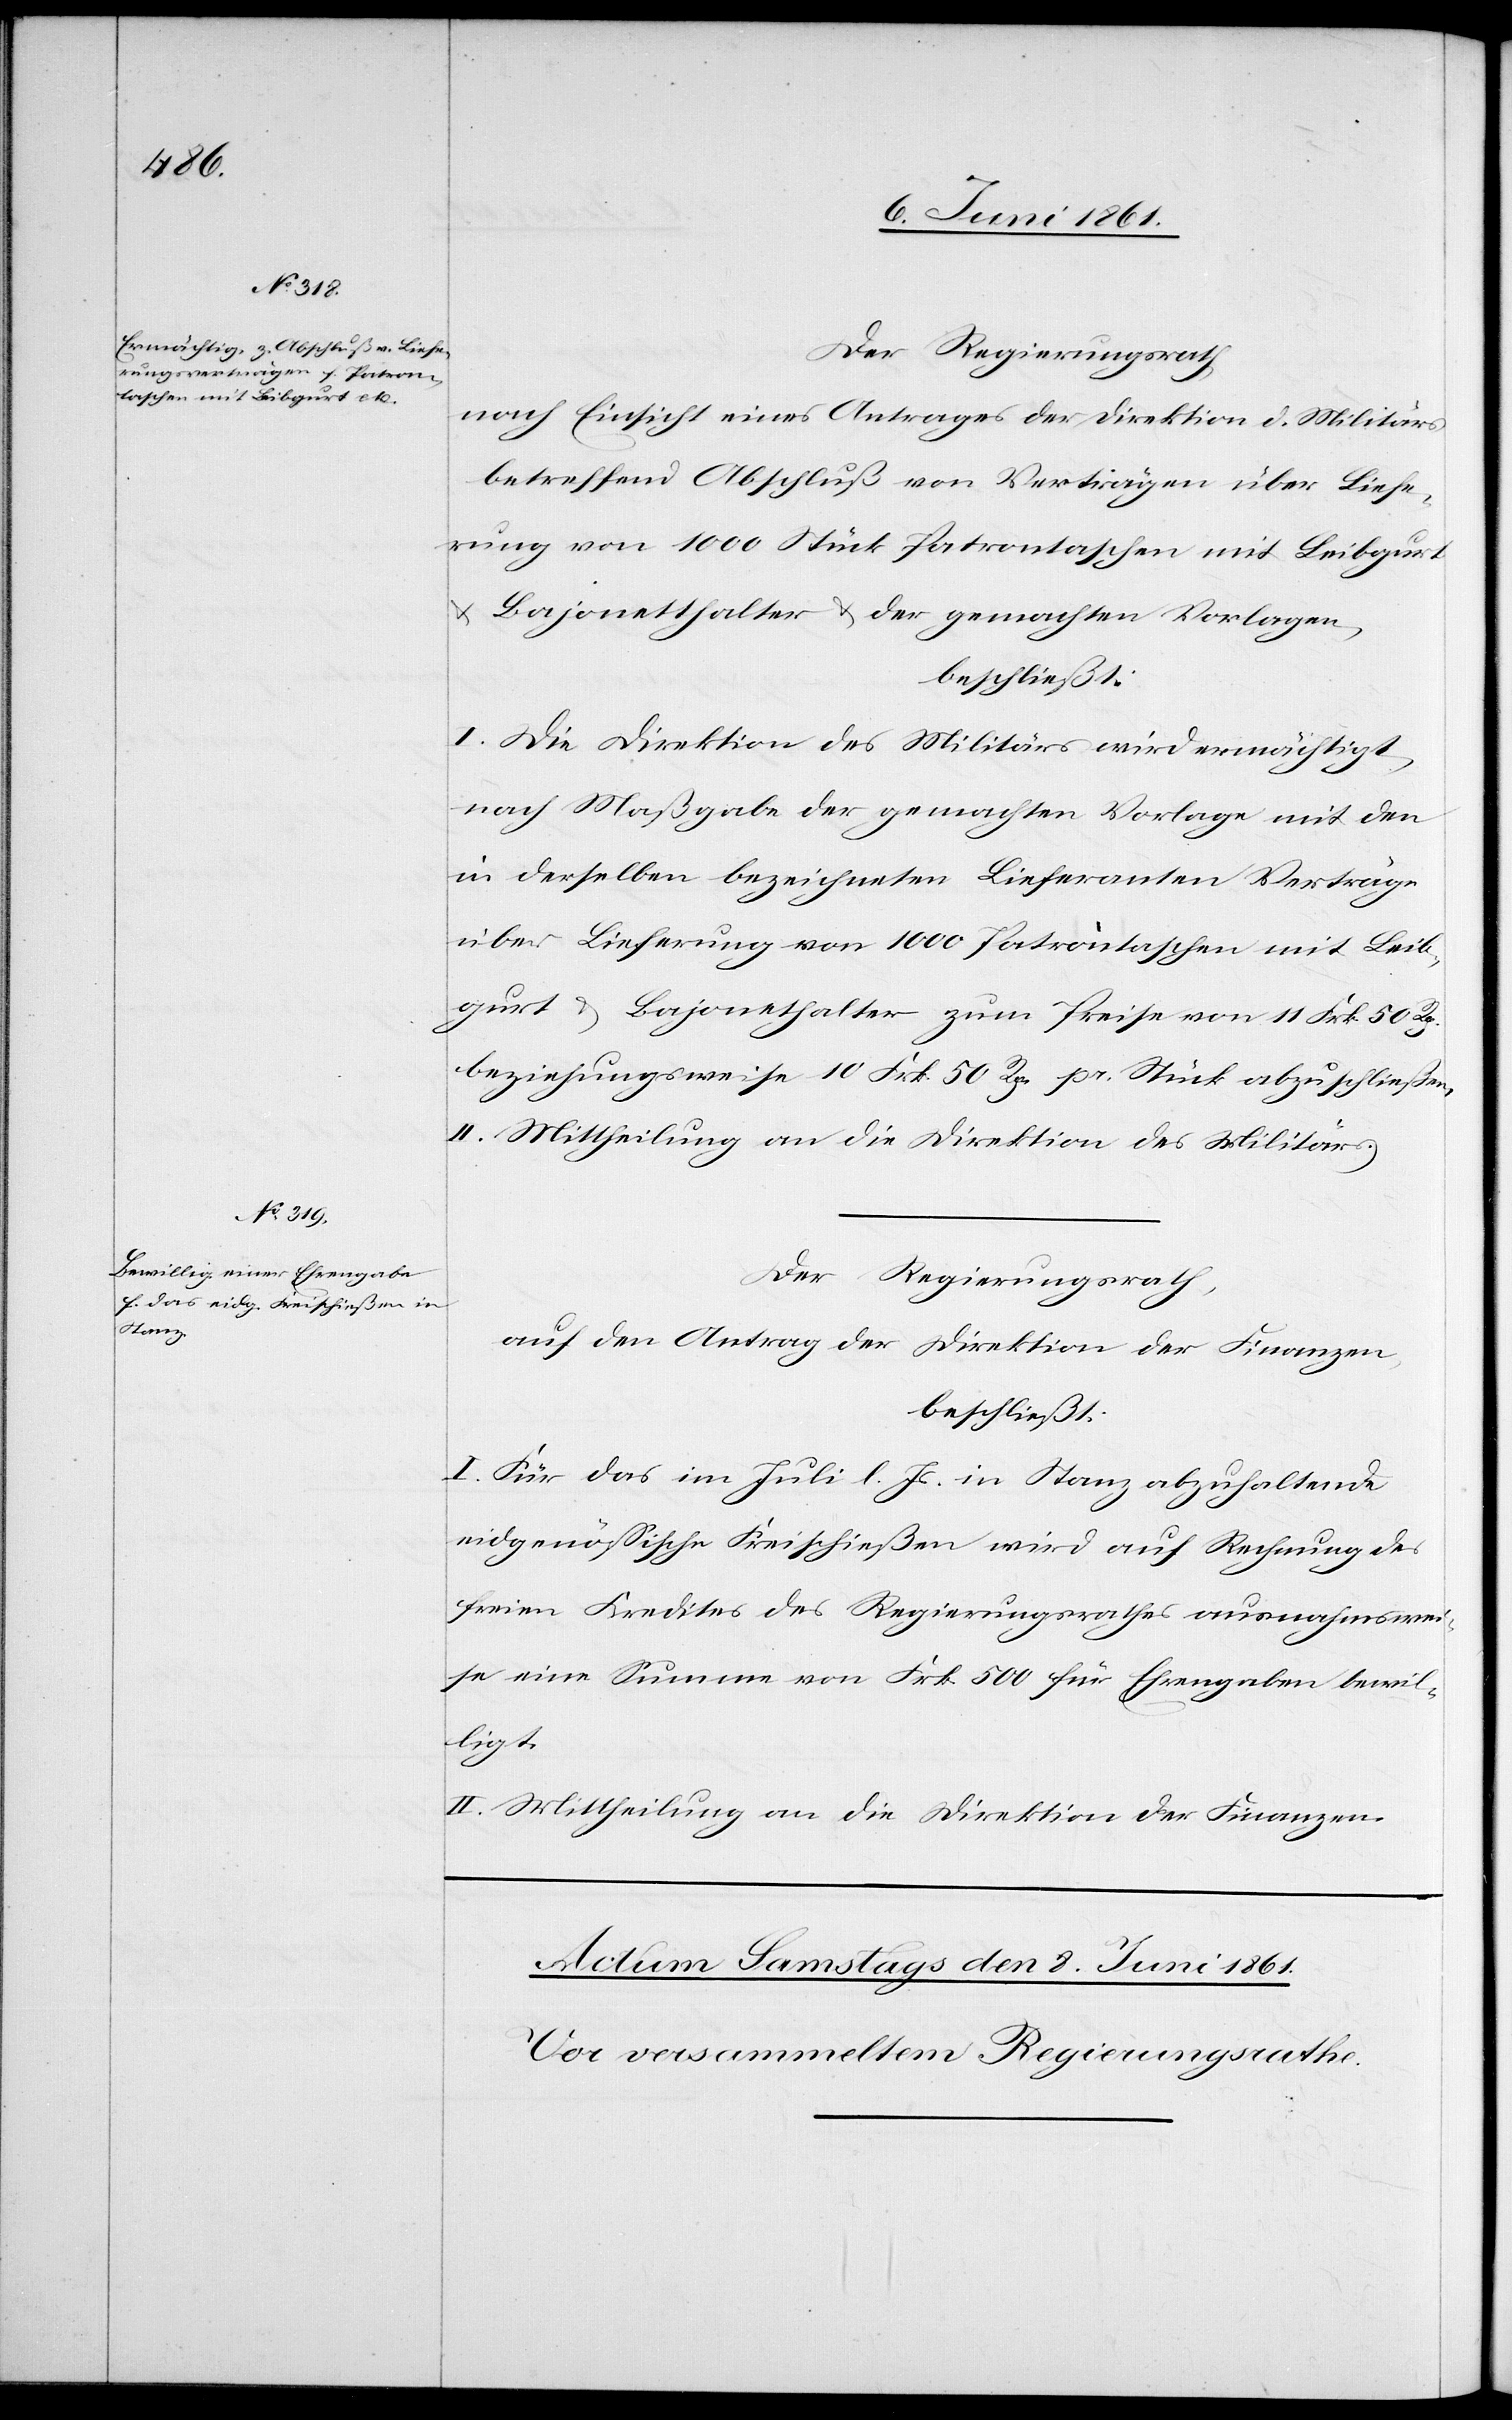
Der Regierungsrath,
nach Einsicht eines Antrages der Direktion d. Militärs
betreffend Abschluß von Verträgen über Liefe¬
rung von 1000 Stück Patrontaschen mit Leibgurt
u. Bajonetthalter u. der gemachten Vorlagen,
beschließt:
I. Die Direktion des Militärs wird ermächtigt,
nach Maßgabe der gemachten Vorlage mit den
in derselben bezeichneten Lieferanten Verträge
über Lieferung von 1000 Patrontaschen mit Leib¬
gurt u. Bajonetthalter zum Preise von 11 Frk. 50 Rp.
beziehungsweise 10 Frk. 50 Rp. pr. Stück abzuschließen.
II. Mittheilung an die Direktion des Militärs.
Der Regierungsrath,
auf den Antrag der Direktion der Finanzen,
beschließt:
I. Für das im Juli l. Js. in Stanz abzuhaltende
eidgenössische Kreisschießen wird auf Rechnung des
freien Kredites des Regierungsrathes ausnahmswei¬
se eine Summe von Frk. 500 für Ehrengaben bewil¬
ligt.
II. Mittheilung an die Direktion der Finanzen.